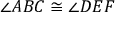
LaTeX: \angle A B C \cong \angle D E F